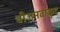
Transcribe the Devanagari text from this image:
बीजनवांकुद